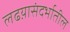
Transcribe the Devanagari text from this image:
लढय़ासंदर्भातील